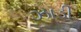
ઝાડી